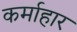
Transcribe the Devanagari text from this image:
कर्माहार